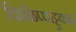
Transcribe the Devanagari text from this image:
किळिप्पाट्टुकळ